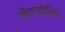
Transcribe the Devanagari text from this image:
मेच्योरिटी